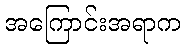
အကြောင်းအရာက